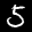
Label: 5